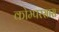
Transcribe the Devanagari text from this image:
कोम्परसास